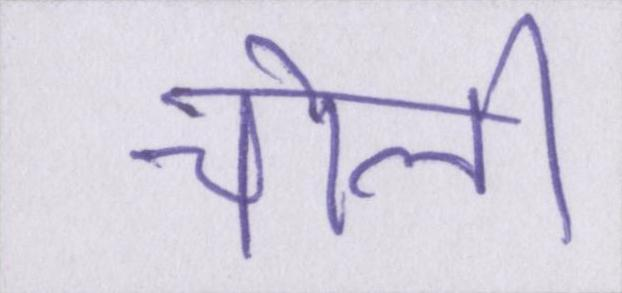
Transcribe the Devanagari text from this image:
चोली